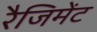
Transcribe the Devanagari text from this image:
रैजिमेंट